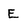
Character: E